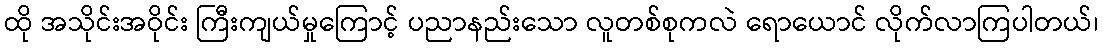
ထို အသိုင်းအဝိုင်း ကြီးကျယ်မှုကြောင့် ပညာနည်းသော လူတစ်စုကလဲ ရောယောင် လိုက်လာကြပါတယ်၊